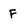
Character: F